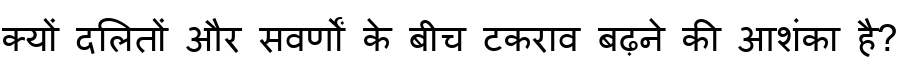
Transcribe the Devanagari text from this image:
क्यों दलितों और सवर्णों के बीच टकराव बढ़ने की आशंका है?